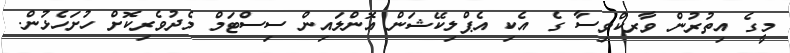
މީގެ އިތުރުން ވާރކްވިސާ ގެ އެކި އެޕްލިކޭޝަން އޮންލައިން ސިސްޓަމް މެދުވެރިކޮށް ހުށަހެޅުން.